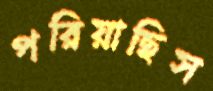
পরিয়াছিস